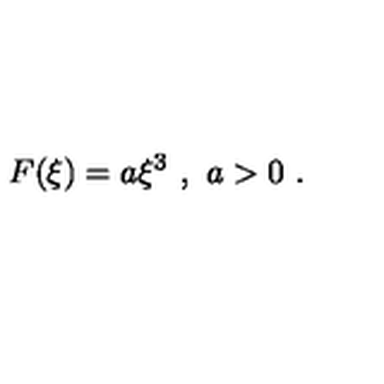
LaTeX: F ( \xi ) = a \xi ^ { 3 } \ , \ a > 0 \ .